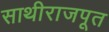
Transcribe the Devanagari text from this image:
साथीराजपूत